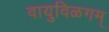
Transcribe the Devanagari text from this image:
वायुविळगम्